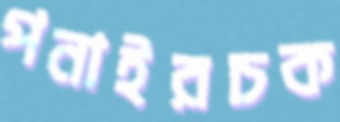
পনাইরচক